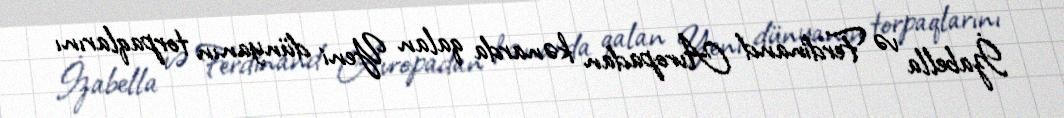
İzabella və Ferdinand Avropadan kənarda qalan Yeni dünyanın torpaqlarını